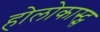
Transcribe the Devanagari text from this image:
होलोकास्ट्स